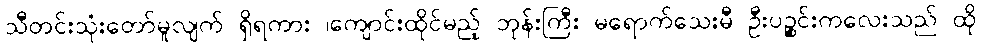
သီတင်းသုံးတော်မူလျက် ရှိရကား ၊ကျောင်းထိုင်မည့် ဘုန်းကြီး မရောက်သေးမီ ဦးပဉ္စင်းကလေးသည် ထို